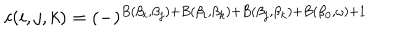
c ( i , j , k ) = ( - ) ^ { B ( \beta _ { i } , \beta _ { j } ) + B ( \beta _ { i } , \beta _ { k } ) + B ( \beta _ { j } , \beta _ { k } ) + B ( \beta _ { 0 } , \omega ) + 1 }